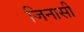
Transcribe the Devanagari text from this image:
जिनासी